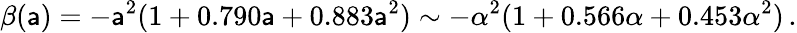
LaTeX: \beta(\mathsf{a})=-\mathsf{a}^{2}(1+0.790\mathsf{a}+0.883\mathsf{a}^{2})\sim-\alpha^{2}(1+0.566\alpha+0.453\alpha^{2})\, .